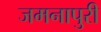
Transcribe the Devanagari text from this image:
जमनापुरी